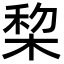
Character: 棃